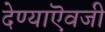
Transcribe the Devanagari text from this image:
देण्याऎवजी